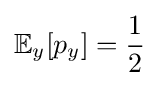
\mathbb {E} _{y}[p_{y}]={\frac {1}{2}}